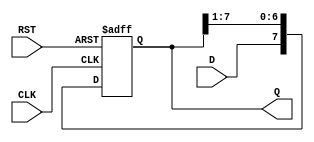
module ShiftRegister #(
    parameter N = 8  // Parameter to define the width of the shift register
)(
    input wire D,           // Data input
    input wire CLK,         // Clock input
    input wire RST,         // Asynchronous reset
    output reg [N-1:0] Q    // Data output
);

    // Asynchronous reset and synchronous shift operation
    always @(posedge CLK or posedge RST) begin
        if (RST) begin
            Q <= {N{1'b0}};  // Clear the register to zero
        end else begin
            Q <= {D, Q[N-1:1]};  // Shift right and insert new data at MSB
        end
    end

endmodule